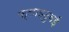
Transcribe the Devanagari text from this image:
फ़्लाइदुबई